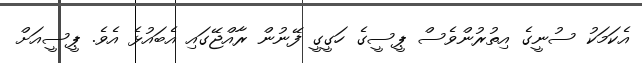
އެކަމަކު ސުނީގެ އިތުރުންވެސް ޕީސީގެ ހަގީގީ ފޭނުން ރާއްޖޭގައި އެބައުޅެ އެވެ. ޕީސީއަށް